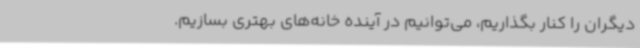
دیگران را کنار بگذاریم، می‌توانیم در آینده خانه‌های بهتری بسازیم.